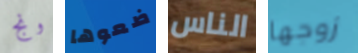
ونج ضعوها الناس زوجها